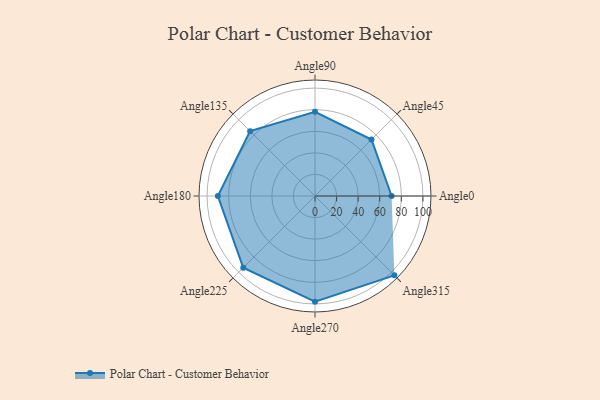
{"axis": {"x": "Angle", "y": "Radius"}, "legend": [""], "data": [{"x": "Angle0", "y": 71.0, "type": ""}, {"x": "Angle45", "y": 74.0, "type": ""}, {"x": "Angle90", "y": 78.0, "type": ""}, {"x": "Angle135", "y": 85.0, "type": ""}, {"x": "Angle180", "y": 90.0, "type": ""}, {"x": "Angle225", "y": 94.0, "type": ""}, {"x": "Angle270", "y": 98.0, "type": ""}, {"x": "Angle315", "y": 104.0, "type": ""}]}